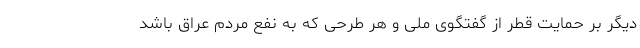
دیگر بر حمایت قطر از گفتگوی ملی و هر طرحی که به نفع مردم عراق باشد